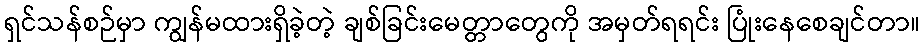
ရှင်သန်စဉ်မှာ ကျွန်မထားရှိခဲ့တဲ့ ချစ်ခြင်းမေတ္တာတွေကို အမှတ်ရရင်း ပြုံးနေစေချင်တာ။